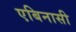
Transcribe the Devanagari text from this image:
एबिनासी